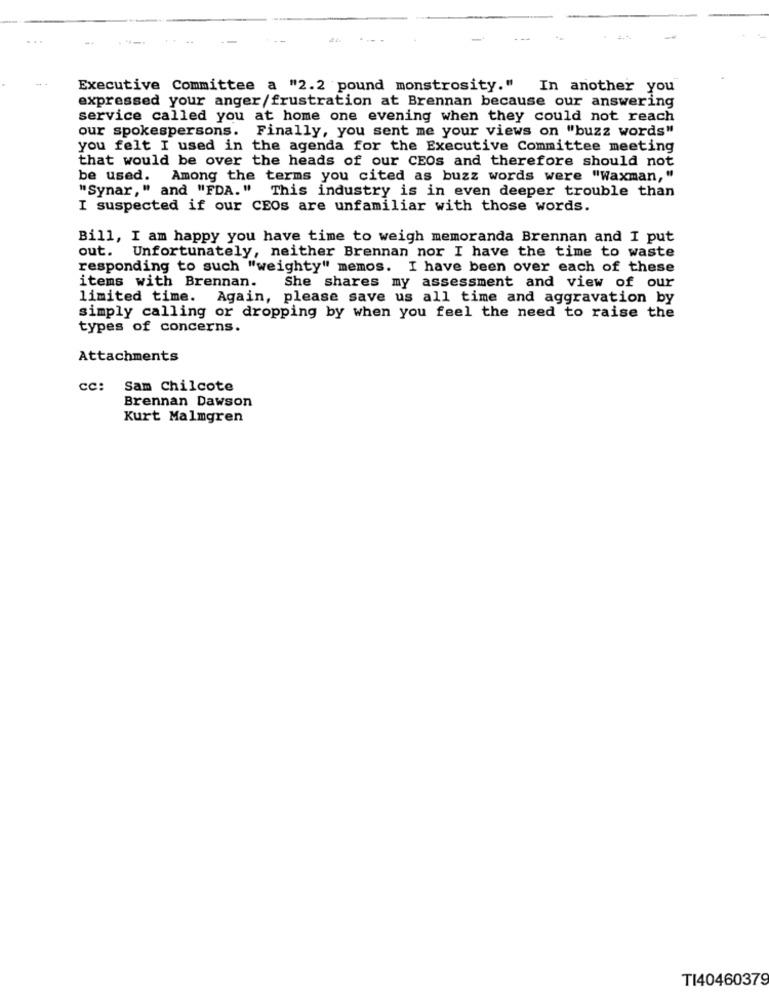
-.
Executive Committee a "2.2 pound monstrosity." In another you
expressed your anger/frustration at Brennan because our answering
service called you at home one evening when they could not reach
our spokespersons. Finally, you sent me your views on "buzz words"
you felt I used in the agenda for the Executive Committee meeting
that would be over the heads of our CEOs and therefore should not
be used.
Among the terms you cited as buzz words were "Waxman,"
"Synar," and "FDA." This industry is in even deeper trouble than
I suspected if our CEOs are unfamiliar with those words.
Bill, I am happy you have time to weigh memoranda Brennan and I put
out. Unfortunately, neither Brennan nor I have the time to waste
responding to such "weighty" memos. I have been over each of these
She shares my assessment and view of our
items with Brennan.
limited time. Again, please save us all time and aggravation by
simply calling or dropping by when you feel the need to raise the
types of concerns.
Attachments
CC: Sam Chilcote
Brennan Dawson
Kurt Malmgren
TI40460379